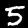
Label: 5